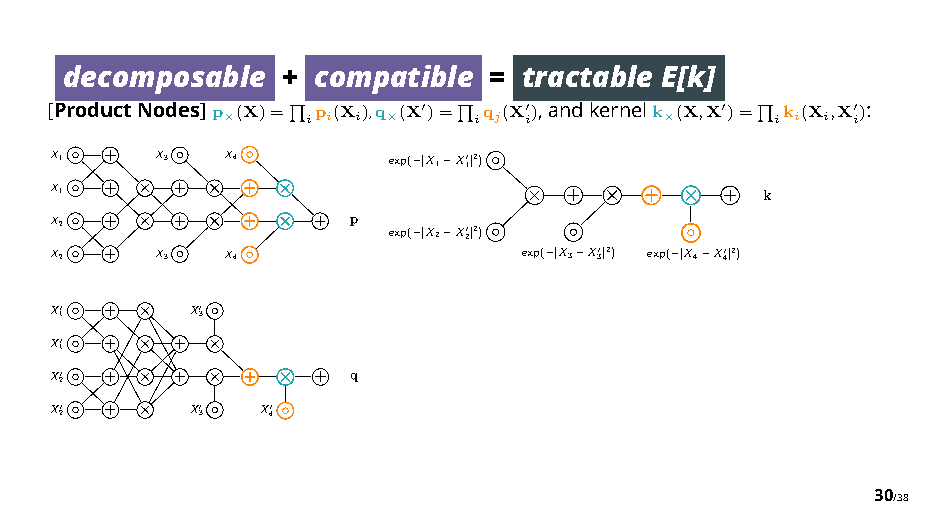
decomposable   + compatible =  tractable E[k]
 [ProductNodes]p ×(X)= ipi(Xi),q ×(X")= iqj(X"i),andkernelk ×(X,X")= iki(Xi,X"i):
 #          #                   #
 X1     X3   X4         exp( |X1X10|2)
 X1
 ⇥    ⇥    ⇥                              k
 ⇥    ⇥    ⇥
 X2
 ⇥    ⇥    ⇥
 p
 exp( |X2X20|2)
 X2     X3   X4                  exp( |X3X30|2) exp( |X4X40|2)
 X10
 ⇥
 X30
 X10
 ⇥    ⇥
 X20
 ⇥    ⇥    ⇥
 q
 X20
 ⇥
 X30 X40
 30/38